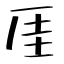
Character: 厓